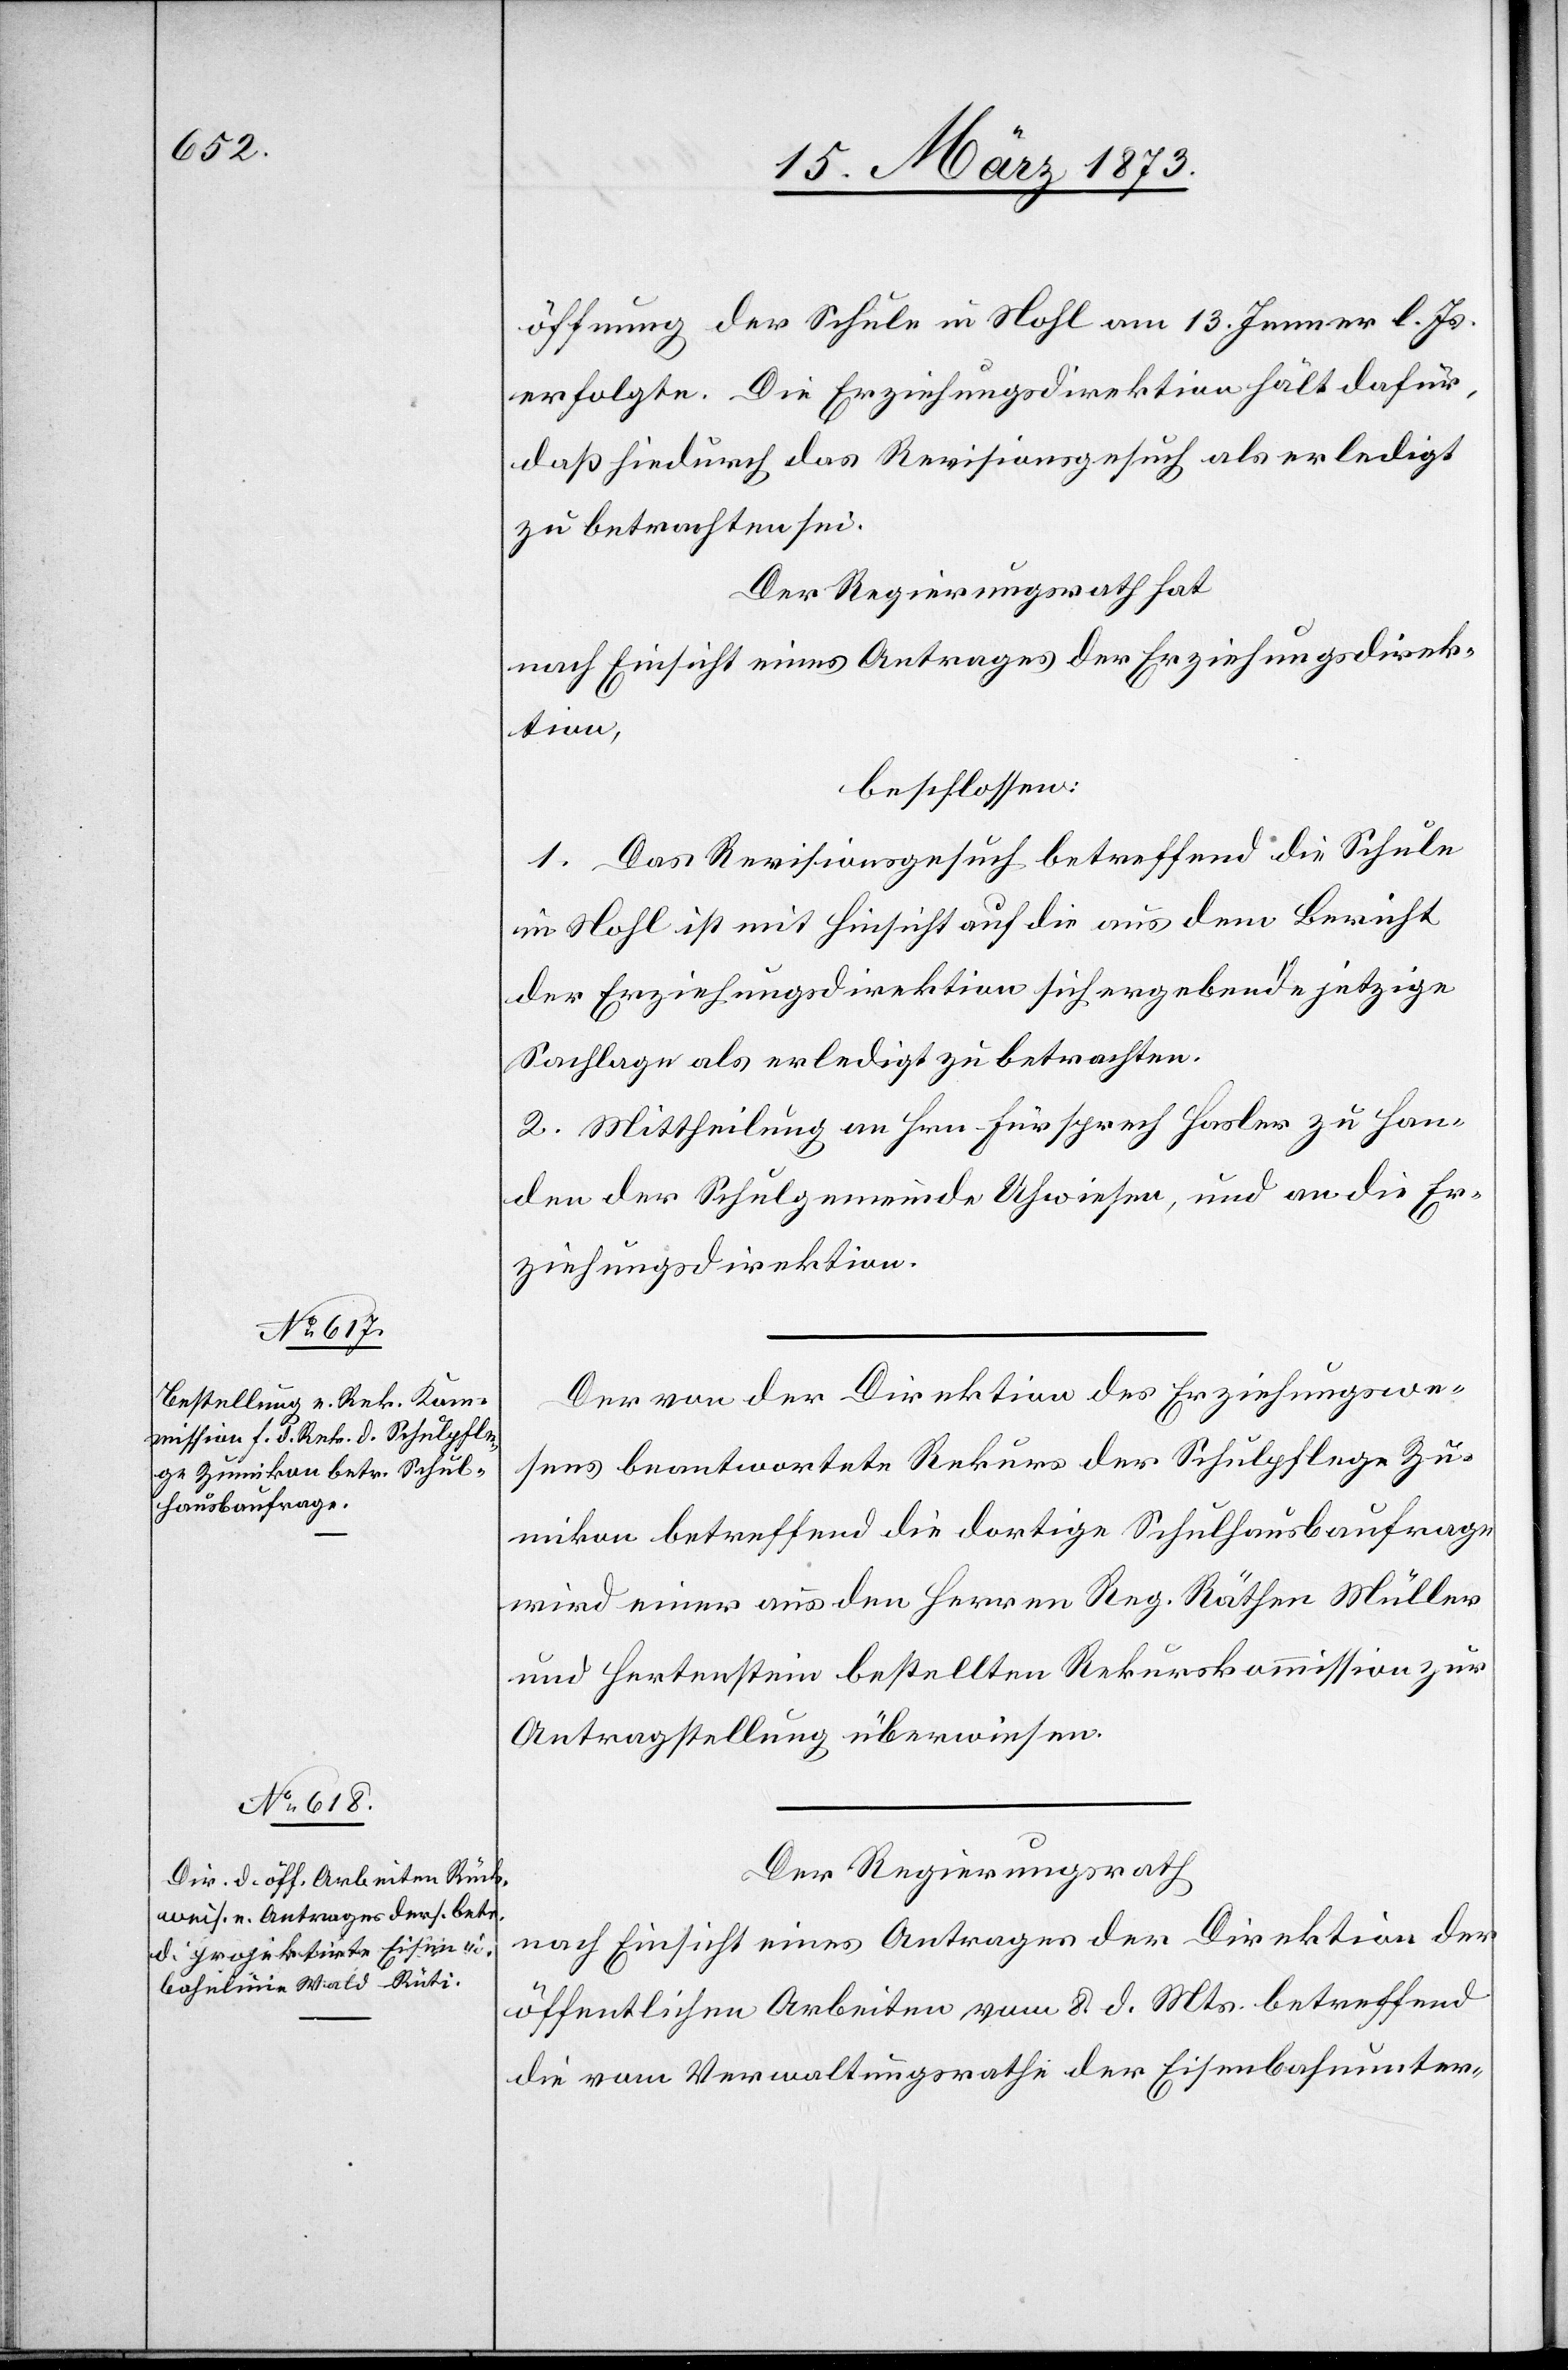
öffnung der Schule in Nohl am 13. Jenner l. Js.
erfolgte. Die Erziehungsdirektion hält dafür,
daß hiedurch das Revisionsgesuch als erledigt
zu betrachten sei.
Der Regierungsrath hat
nach Einsicht eines Antrages der Erziehungsdirek¬
tion,
beschlossen
1. Das Revisionsgesuch betreffend die Schule
in Nohl ist mit Hinsicht auf die aus dem Bericht
der Erziehungsdirektion sich ergebende jetzige
Sachlage als erledigt zu betrachten.
2. Mittheilung an Hrn. Fürsprech Hasler zu Han¬
den der Schulgemeinde Uhwiesen, und an die Er¬
ziehungsdirektion.
Der von der Direktion des Erziehungswe¬
sens beantwortete Rekurs der Schulpflege Zu¬
mikon betreffend die dortige Schulhausbaufrage
wird einer aus den Herren Reg. Räthen Müller
und Hertenstein bestellten Rekurskommission zur
Antragstellung überwiesen.
Der Regierungsrath
nach Einsicht eines Antrages der Direktion der
öffentlichen Arbeiten vom 8. d. Mts. betreffend
die vom Verwaltungsrathe der Eisenbahnunter-